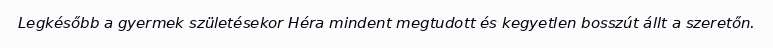
Legkésőbb a gyermek születésekor Héra mindent megtudott és kegyetlen bosszút állt a szeretőn.